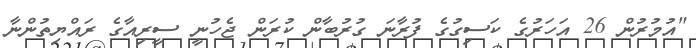
"އުމުރުން 26 އަހަރުގެ ކަސިގުގެ ފުރާނަ ގުރުބާން ކުރަން ޖެހުނީ ސީރިއާގެ ރައްޔިތުންނާ